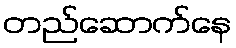
တည်ဆောက်နေ